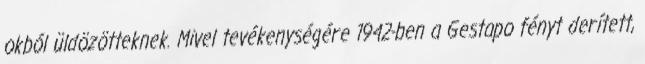
okból üldözötteknek. Mivel tevékenységére 1942-ben a Gestapo fényt derített,